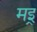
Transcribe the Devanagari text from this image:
मइ्र